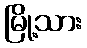
မြို့သား